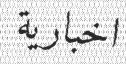
اخبارية